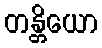
တန္တိယော